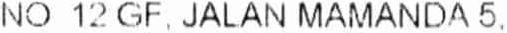
NO 12 GF, JALAN MAMANDA 5.